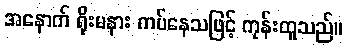
အနောက် ရိုးမနား ကပ်နေသဖြင့် ကုန်းထူသည်။